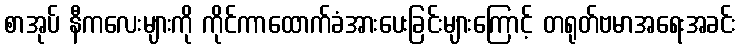
စာအုပ် နီကလေးများကို ကိုင်ကာထောက်ခံအားပေးခြင်းများကြောင့် တရုတ်ဗမာအရေးအခင်း